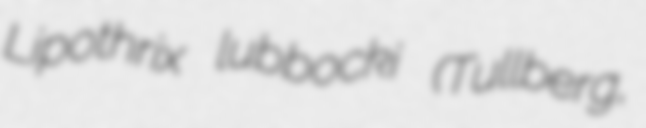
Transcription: Lipothrix lubbocki (Tullberg,